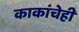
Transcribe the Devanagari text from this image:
काकांचेही